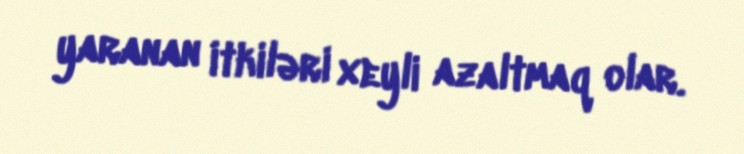
yaranan itkiləri xeyli azaltmaq olar.